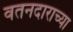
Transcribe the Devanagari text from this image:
वतनदाराच्या